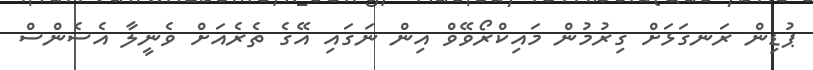
ޕުޑިން ރަނގަޅަށް ގިރުމުން މައިކްރޯވޭވް އިން ނަގައި އޭގެ ތެރެއަށް ވެނީލާ އެސެންސް